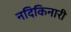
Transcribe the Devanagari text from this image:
नदिकिनारी